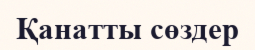
Қанатты сөздер